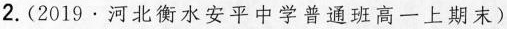
2.(2019.河北衡水安平中学普通班高一上期末)